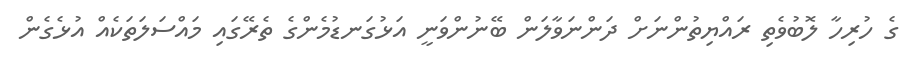
ގެ ހުރިހާ ލޮބުވެތި ރައްޔިތުންނަށް ދަންނަވާލަން ބޭނުންވަނީ އަޅުގަނޑުމެންގެ ތެރޭގައި މައްސަލަތަކެއް އުޅެގެން